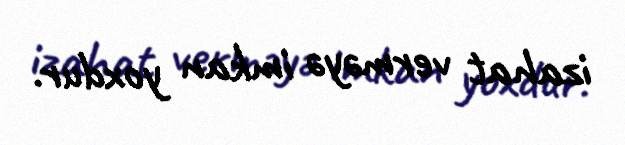
izahat verməyə imkan yoxdur.